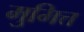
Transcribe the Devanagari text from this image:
मुमित्त